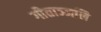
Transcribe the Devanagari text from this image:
गीताञ्जलि